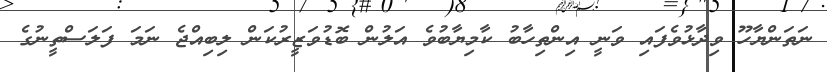
ނަތަންޔާހޫ ވިދާޅުވެފައި ވަނީ އިންތިހާބު ކާމިޔާބުވެ އަލުން ބޮޑުވަޒީރުކަން ލިބިއްޖެ ނަމަ ފަލަސްތީނުގެ